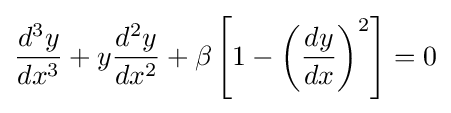
{\frac {d^{3}y}{dx^{3}}}+y{\frac {d^{2}y}{dx^{2}}}+\beta \left[1-\left({\frac {dy}{dx}}\right)^{2}\right]=0